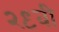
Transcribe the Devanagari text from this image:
२९वी